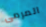
المرمى